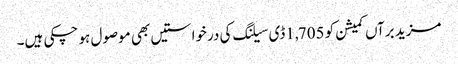
مزید برآں کمیشن کو 1,705ڈی سیلنگ کی درخواستیں بھی موصول ہو چکی ہیں۔